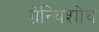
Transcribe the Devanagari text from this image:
ग्रेन्थिशोथ